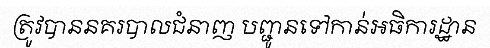
ត្រូវបាននគរបាលជំនាញ បញ្ជូនទៅកាន់អធិការដ្ឋាន